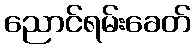
ညောင်ရမ်းခေတ်